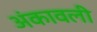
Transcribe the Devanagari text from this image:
अंकावली